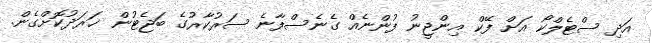
އަދި ސްޓެލްކޯ އަށް ފޭކް އިންޖީނު ފުންނެއް ގެނެސްފާނެ ސަރުކާރުގެ ބަޖެޓުން ޚަރަދުކޮށްގެން.